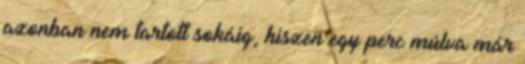
azonban nem tartott sokáig, hiszen egy perc múlva már